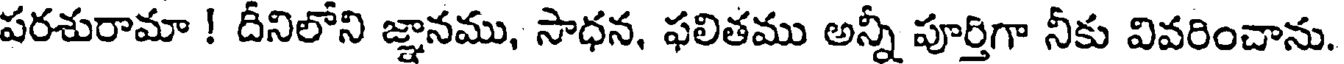
పరశురామా ! దీనిలోని జ్ఞానము, సాధన, ఫలితము అన్నీ పూర్తిగా నీకు వివరించాను.